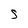
Character: S